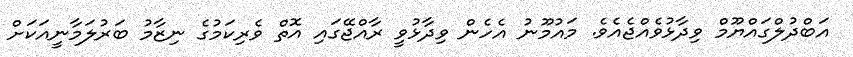
އަބްދުލްގައްޔޫމް ވިދާޅުވެއްޖެއެވެ. މައުމޫނު އެހެން ވިދާޅުވީ ރާއްޖޭގައި އޮތް ވެރިކަމުގެ ނިޒާމު ބަރުލަމާނީއަކަށް